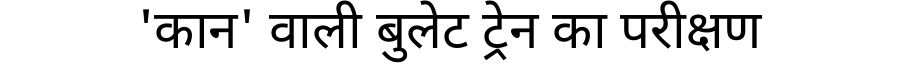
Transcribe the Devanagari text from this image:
'कान' वाली बुलेट ट्रेन का परीक्षण